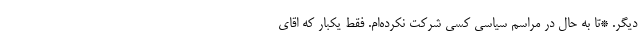
دیگر. *تا به حال در مراسم سیاسی کسی شرکت نکرده‌ام. فقط یکبار که اقای